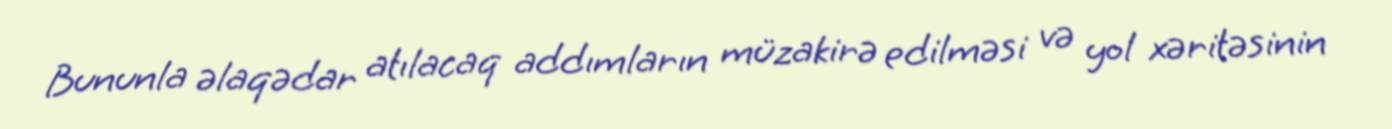
Bununla əlaqədar atılacaq addımların müzakirə edilməsi və yol xəritəsinin